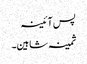
پس آئینہ
ثمینہ شاہین۔